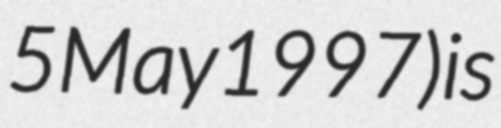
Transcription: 5 May 1997) is